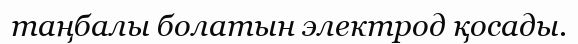
таңбалы болатын электрод қосады.